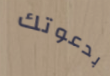
بدعوتك